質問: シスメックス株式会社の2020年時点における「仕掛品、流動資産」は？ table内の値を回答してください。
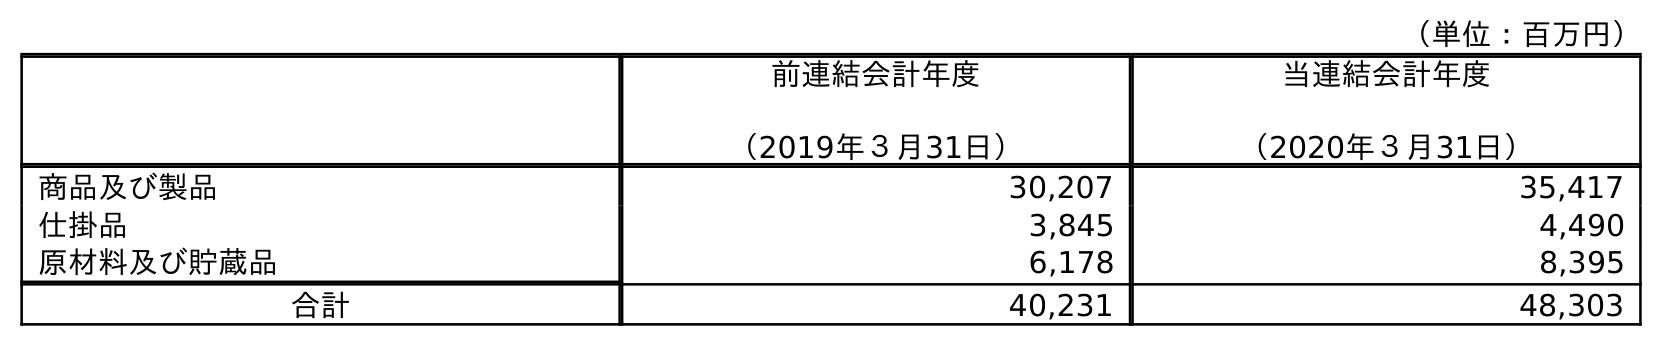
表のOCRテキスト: （単位：百万円） 前連結会計年度 （2019年３月31日） 当連結会計年度 （2020年３月31日） 商品及び製品 30,207 35,417 仕掛品 3,845 4,490 原材料及び貯蔵品 6,178 8,395 合計 40,231 48,303
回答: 4,490